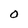
Character: 0